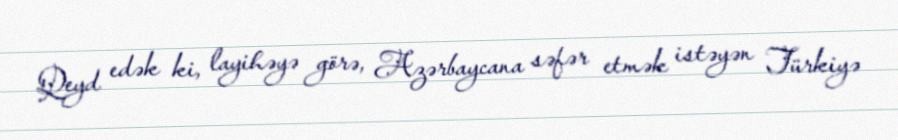
Qeyd edək ki, layihəyə görə, Azərbaycana səfər etmək istəyən Türkiyə